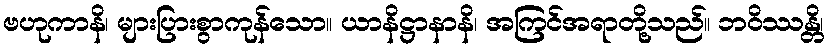
ဗဟုကာနိ၊ များပြားစွာကုန်သော။ ယာနိဋ္ဌာနာနိ၊ အကြင်အရာတို့သည်။ ဘဝိဿန္တိ၊